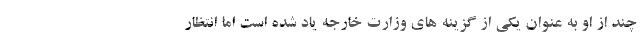
چند از او به عنوان یکی از گزینه های وزارت خارجه یاد شده است اما انتظار